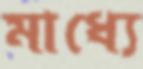
মাধ্যে